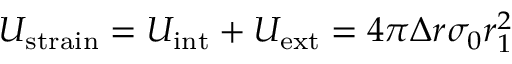
U _ { \mathrm { s t r a i n } } = U _ { \mathrm { i n t } } + U _ { \mathrm { e x t } } = 4 \pi \Delta r \sigma _ { 0 } r _ { 1 } ^ { 2 }